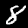
Label: 8